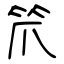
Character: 笊